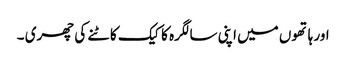
اور ہاتھوں میں اپنی سالگرہ کا کیک کاٹنے کی چھری ۔